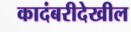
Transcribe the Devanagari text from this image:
कादंबरीदेखील